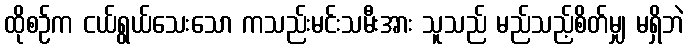
ထိုစဉ်က ငယ်ရွယ်သေးသော ကသည်းမင်းသမီးအား သူသည် မည်သည့်စိတ်မျှ မရှိဘဲ